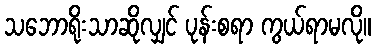
သဘောရိုးသာဆိုလျှင် ပုန်းစရာ ကွယ်ရာမလို။